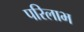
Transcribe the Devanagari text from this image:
परिलाभ